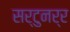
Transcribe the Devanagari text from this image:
सर्टुनर्र